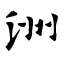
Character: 洲